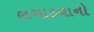
લગાડવાનો